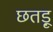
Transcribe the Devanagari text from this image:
छतड़ू